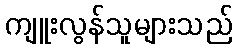
ကျူးလွန်သူများသည်